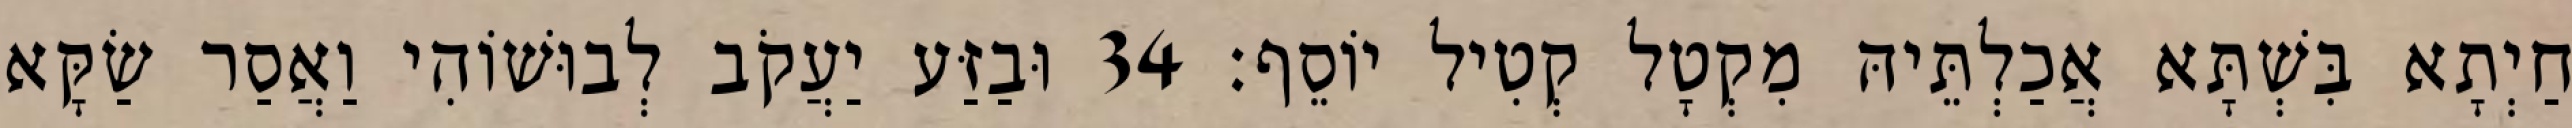
חַיְתָא בִּשְׁתָּא אֲכַלְתֵּיהּ מִקְטָל קְטִיל יוֹסֵף׃ 34 וּבַזַּע יַעֲקֹב לְבוּשׁוֹהִי וַאֲסַר שַׂקָּא